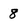
Character: 8